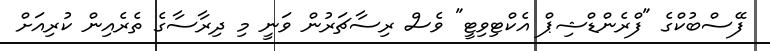
ފޭސްބުކްގެ "ފްރެންޑްޝިޕް އެކްޓިވިޓީ" ވެސް ރިސާޗަރުން ވަނީ މި ދިރާސާގެ ތެރެއިން ކުރިއަށް